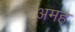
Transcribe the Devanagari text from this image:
अमह